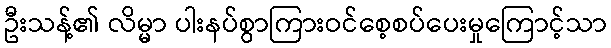
ဦးသန့်၏ လိမ္မာ ပါးနပ်စွာကြားဝင်စေ့စပ်ပေးမှုကြောင့်သာ